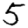
Digit: 5